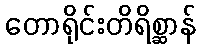
တောရိုင်းတိရိစ္ဆာန်